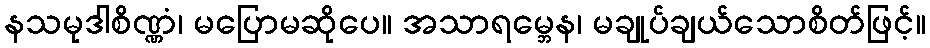
နသမုဒါစိဏ္ဏံ၊ မပြောမဆိုပေ။ အသာရမ္ဘေန၊ မချုပ်ချယ်သောစိတ်ဖြင့်။